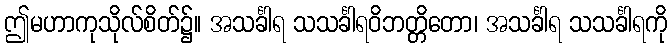
ဤမဟာကုသိုလ်စိတ်၌။ အသင်္ခါရ သသင်္ခါရဝိဘတ္တိတော၊ အသင်္ခါရ သသင်္ခါရကို